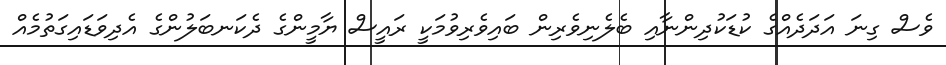
ވެސް ގިނަ އަދަދެއްގެ ކުޑަކުދިންނާއި ބެލެނިވެރިން ބައިވެރިވުމަކީ ރައީސް ޔާމީންގެ ދެކަނބަލުންގެ އެދިވަަޑައިގަތުމެއް